Civil Veterinary Dept. North-West Frontier Province 1933-46 - 1933-1946
Year: 1933
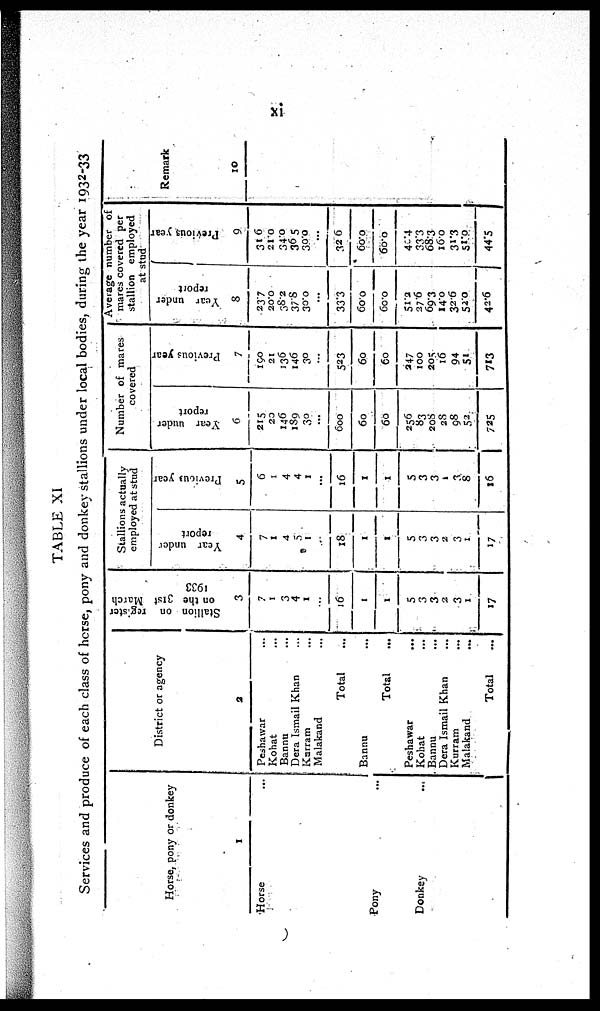
xi
TABLE XI
Services and produce of each class of horse, pony and donkey stallions under local bodies, during the year 1932-33
Horse, pony or donkey
1
Horse ...
Pony ...
Donkey
...
District or agency
2
Peshawar ...
Kohat ...
Bannu ...
Dera Ismail Khan ...
Karram ...
Malakand ...
Total ...
Bannu ...
Total ...
Peshawar
...
Kohat ...
Bannu ...
Dera Ismail Khan ...
Kurram ...
Malakand ...
Total ...
Stallion on
register
on the 31st March
1933
3
7
1
3
4
1
...
16
1
1
5
3
3
2
3
1
17
Stallions actually
employed at stud
Year under
report
4
7
1
4
5
1
...
18
1
1
5
3
3
2
3
1
17
Previous year
5
6
1
4
4
1
...
16
1
1
5
3
3
1
3
8
16
Number of mares
covered
Year under
report
6
215
20
146
189
30
...
600
60
60
256
83
208
28
98
52
725
Previous year
7
190
21
136
146
30
...
523
60
60
247
100
205
16
94
51
713
Average number of
mares covered per
stallion employed
at stud
Year under
report
8
23.7
20.0
38.2
37.8
30.0
...
33.3
60.0
60.0
51.2
27.6
69.3
14.0
32.6
52.0
42.6
Previous year
9
31.6
21.0
34.0
36 5
30.0
...
32 6
60.0
60.0
40.4
33.3
68.3
16.0
31.3
51.0
44.5
Remark
10